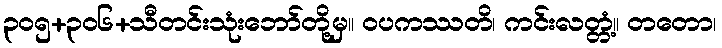
၃၀၅+၃၀၆+သီတင်းသုံးဘော်တို့မှ။ ဝပကဿတိ၊ ကင်းလတ္တံ့။ တတော၊